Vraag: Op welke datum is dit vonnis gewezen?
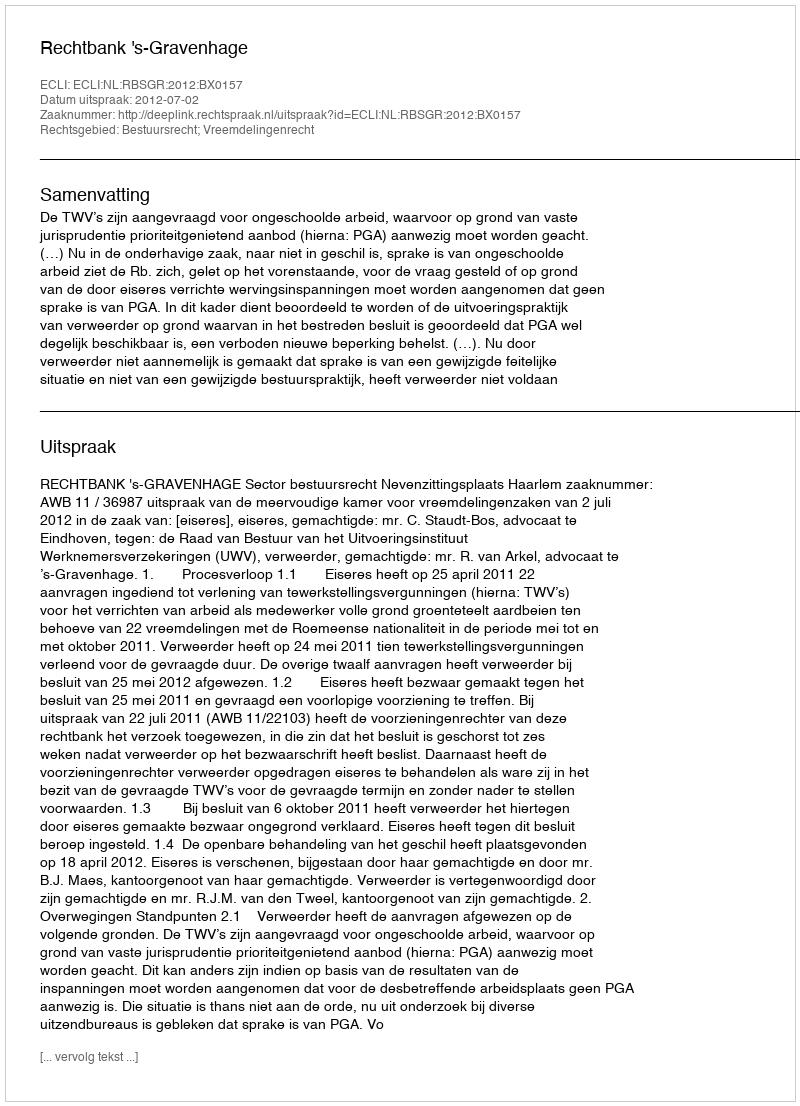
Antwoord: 2012-07-02